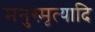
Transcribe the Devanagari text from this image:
मनुस्मृत्यादि